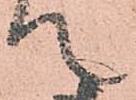
て